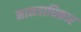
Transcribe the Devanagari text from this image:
मानवाधिकार